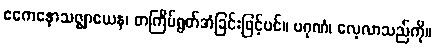
ဧကေနောသဇ္ဈာယေန၊ တကြိမ်ရွတ်အံခြင်းဖြင့်ပင်။ ပဂုဏံ၊ လေ့လာသည်ကို။